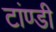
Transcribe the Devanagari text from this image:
टांण्डी